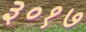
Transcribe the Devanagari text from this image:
३०१७